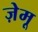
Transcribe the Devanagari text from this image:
ज़ेमू